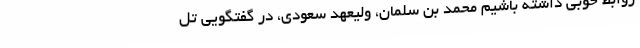
روابط خوبی داشته باشیم محمد بن سلمان، ولیعهد سعودی، در گفتگویی تل